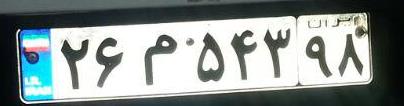
۲۶م۵۴۳۹۸